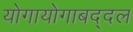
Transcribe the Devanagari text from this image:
योगायोगाबद्दल